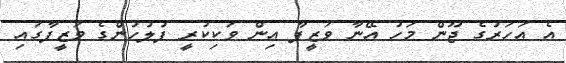
އެ އަހަރުގެ ޖޫން މަހު އޭނާ ވަޒީފާ އިން ވަކިކުރީ ފުލުހުންގެ ވަޒީފާގައި